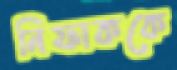
নিফাককে